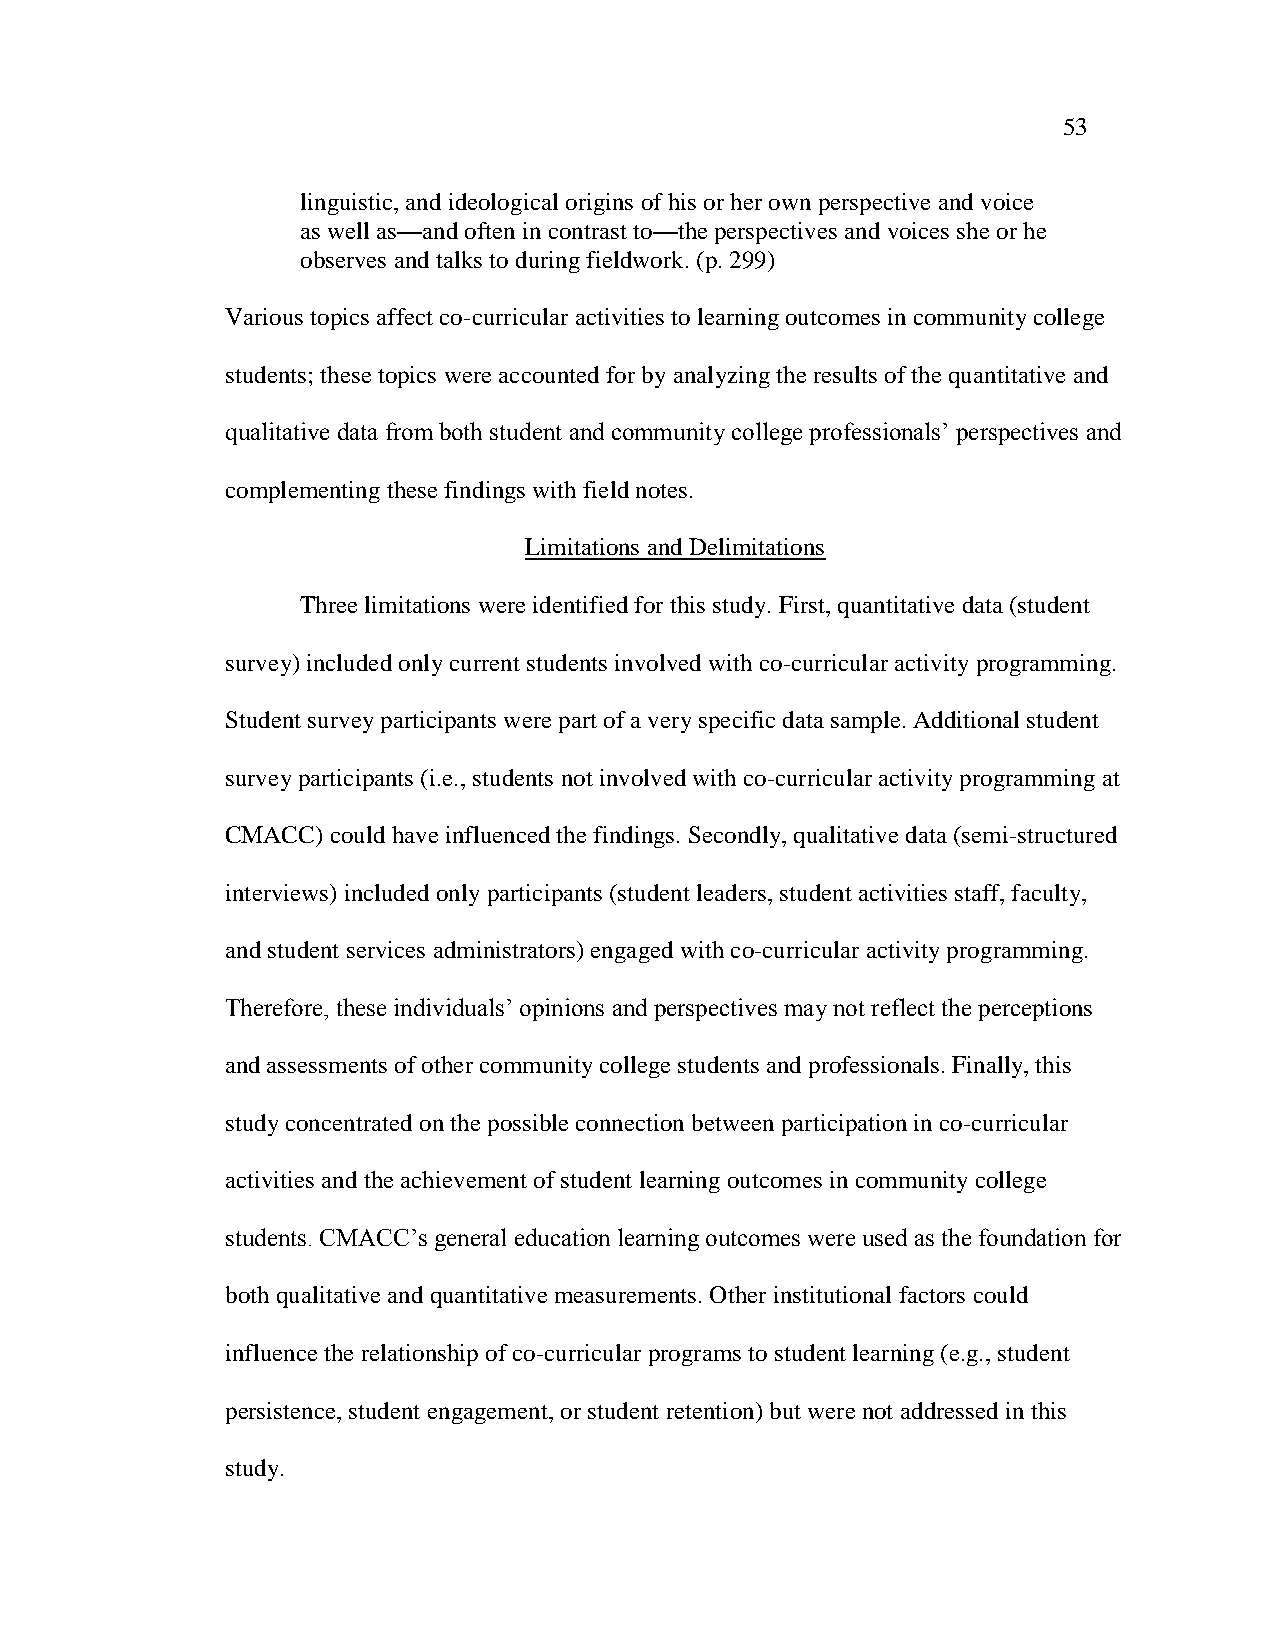
53
 linguistic, and ideological origins of his or her own perspective and voice
 as well as—and often in contrast to—the perspectives and voices she or he
 observes and talks to during fieldwork. (p. 299)
 Various topics affect co-curricular activities to learning outcomes in community college
 students; these topics were accounted for by analyzing the results of the quantitative and
 qualitative data from both student and community college professionals‘ perspectives and
 complementing these findings with field notes.
 Limitations and Delimitations
 Three limitations were identified for this study. First, quantitative data (student
 survey) included only current students involved with co-curricular activity programming.
 Student survey participants were part of a very specific data sample. Additional student
 survey participants (i.e., students not involved with co-curricular activity programming at
 CMACC) could have influenced the findings. Secondly, qualitative data (semi-structured
 interviews) included only participants (student leaders, student activities staff, faculty,
 and student services administrators) engaged with co-curricular activity programming.
 Therefore, these individuals‘ opinions and perspectives may not reflect the perceptions
 and assessments of other community college students and professionals. Finally, this
 study concentrated on the possible connection between participation in co-curricular
 activities and the achievement of student learning outcomes in community college
 students. CMACC‘s general education learning outcomes were used as the foundation for
 both qualitative and quantitative measurements. Other institutional factors could
 influence the relationship of co-curricular programs to student learning (e.g., student
 persistence, student engagement, or student retention) but were not addressed in this
 study.